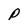
Character: P